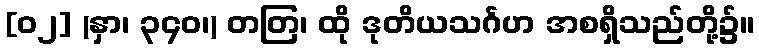
[၀၂] (နှာ၊ ၃၄၀၊) တတြ၊ ထို ဒုတိယသင်္ဂဟ အစရှိသည်တို့၌။